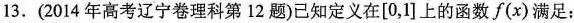
13.(2014年高考辽宁卷理科第12题)已知定义在[0，1]上的函数f(x)满足：